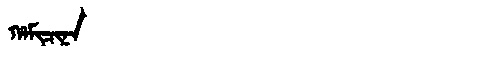
Manchu: ᡥᠠᠮᡳᠴᡳᠨᠠ
Romanization: HAMICINA